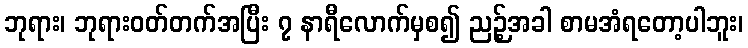
ဘုရား၊ ဘုရားဝတ်တက်အပြီး ၇ နာရီလောက်မှစ၍ ညဉ့်အခါ စာမအံရတော့ပါဘူး၊